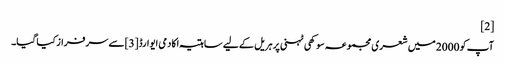
[2]
آپ کو 2000 میں شعری مجموعہ سوکھی ٹہنی پر ہریل کے لیے ساہتیہ اکادمی ایوارڈ [3]سے سرفراز کیا گیا۔